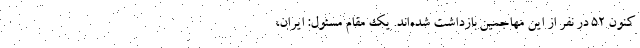
کنون ۵۲ در نفر از این مهاجمین بازداشت شده‌اند. یک مقام مسئول: ایران،